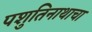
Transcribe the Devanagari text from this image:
पशुतिनाथाचा